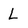
Character: L